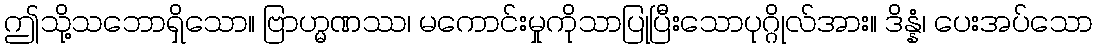
ဤသို့သဘောရှိသော။ ဗြာဟ္မဏဿ၊ မကောင်းမှုကိုသာပြုပြီးသောပုဂ္ဂိုလ်အား။ ဒိန္နံ၊ ပေးအပ်သော